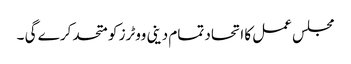
مجلس عمل کا اتحاد تمام دینی ووٹرز کو متحد کر ے گی ۔